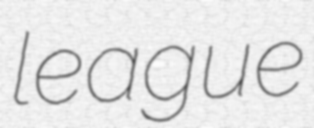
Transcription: league